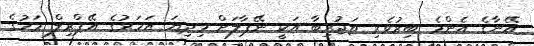
އޭނާގެ އެންމެ ބިރުވެރި ތަޖުރިބާ އަކީ ނޭޕާލަށް މިދިޔަ އަހަރުގެ އޭޕްރިލް މަހުގެ